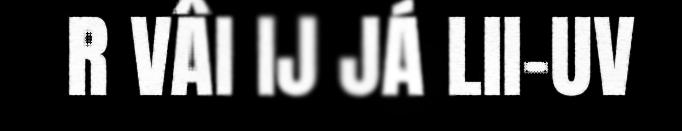
R VÂI IJ JÁ LII-UV